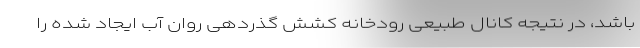
باشد، در نتیجه کانال طبیعی رودخانه کشش گذردهی روان آب ایجاد شده را